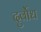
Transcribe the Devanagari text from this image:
दुर्वोध